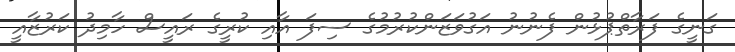
ގަނީގެ ފަރާތްޕުޅުން ފެނުނު އަގުވަޒަންކުރުމުގެ ސިފަ އާއި ކުރީގެ ރައީސް ހާމިދު ކަރުޒާއީ